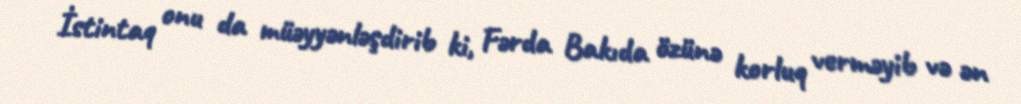
İstintaq onu da müəyyənləşdirib ki, Fərda Bakıda özünə korluq verməyib və ən